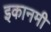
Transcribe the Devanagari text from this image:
इकानमी